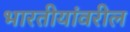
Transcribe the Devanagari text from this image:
भारतीयांवरील